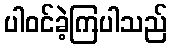
ပါဝင်ခဲ့ကြပါသည်